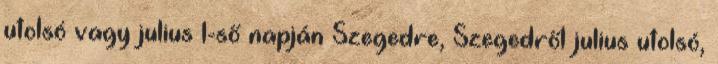
utolsó vagy julius 1-ső napján Szegedre, Szegedről julius utolsó,